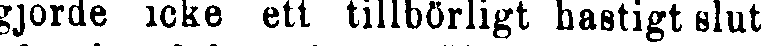
gjorde icke ett tillbörligt hastigt slut